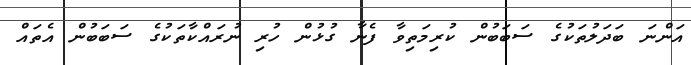
އަންނަ ބަދަލުތަކުގެ ސަބަބުން ކުރިމަތިވާ ފެނާ ގުޅުން ހުރި ނުރައްކާތަކުގެ ސަބަބުން އެތައް